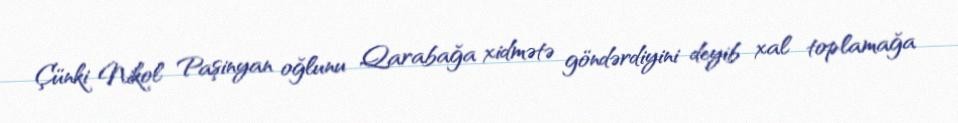
Çünki Nikol Paşinyan oğlunu Qarabağa xidmətə göndərdiyini deyib xal toplamağa